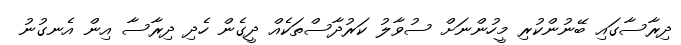
ދިރާސާގައި ބޭނުންކުރި މީހުންނަަށް ސުވާލު ކަރުދާސްތަކެއް ދީގެން ހެދި ދިރާސާ އިން އެނގުނު